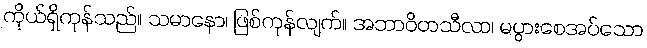
ကိုယ်ရှိကုန်သည်။ သမာနော၊ ဖြစ်ကုန်လျက်။ အဘာဝိတသီလာ၊ မပွားစေအပ်သော